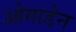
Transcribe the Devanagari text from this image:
ओगाडेन